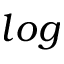
l o g